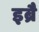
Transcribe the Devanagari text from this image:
इब्रै